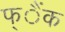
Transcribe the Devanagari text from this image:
फ्ैंक